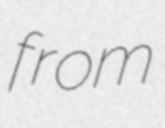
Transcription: from